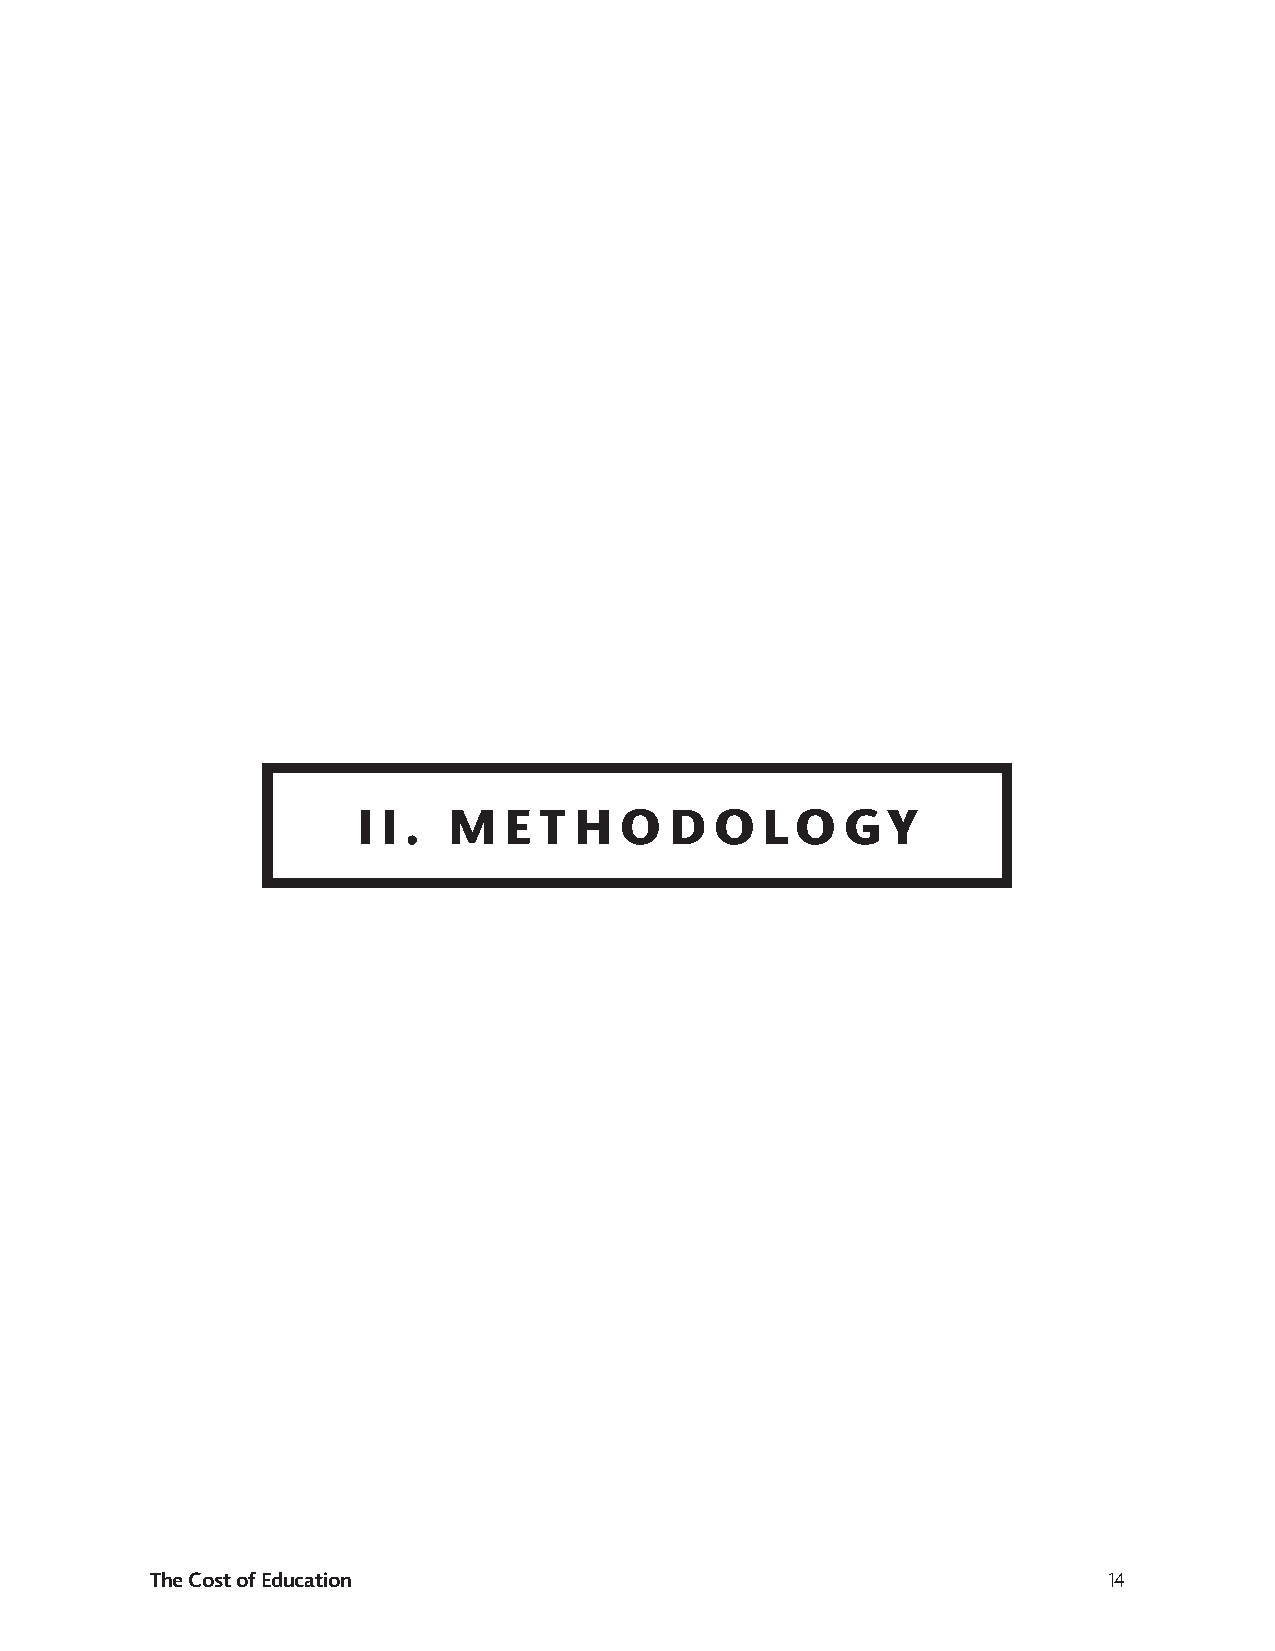
I I . M  E  T H  O  D  O  LO    GY
 The Cost of Education                                          14